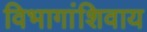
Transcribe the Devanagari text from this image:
विभागांशिवाय